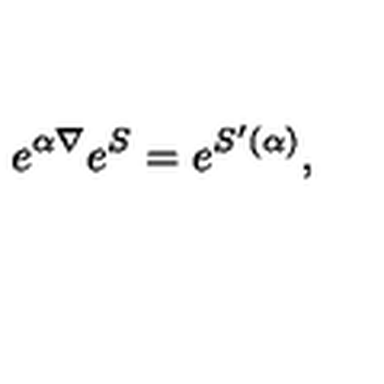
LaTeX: e ^ { \alpha \nabla } e ^ { S } = e ^ { S ^ { \prime } ( \alpha ) } ,